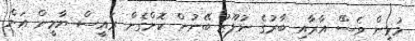
މުޅިން ވެސްް އާރާއި ބާރުގެ ނުފޫޒު ބޭނުން ކޮށްގެން ރައީސް ޔާމީން އަށް